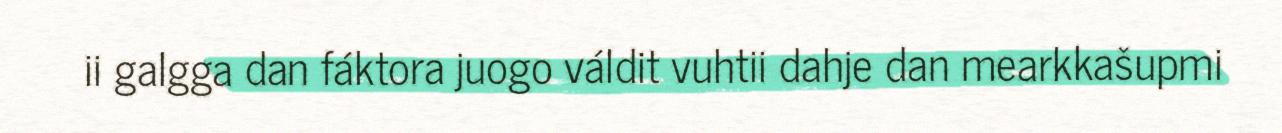
ii galgga dan fáktora juogo váldit vuhtii dahje dan mearkkašupmi